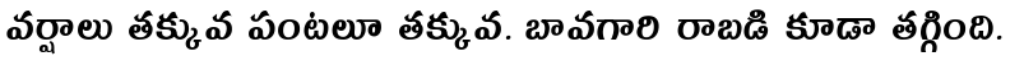
వర్షాలు తక్కువ పంటలూ తక్కువ. బావగారి రాబడి కూడా తగ్గింది.